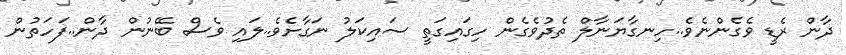
ދާން ރެޑީ ވެގެންނެވެ..ހިނގާޔަނާލް ތެދުވެގެން ހިގައިގަތީ ސައިކަލު ނަގާށެވެ..ލައި ވެސް ބޭނުން ދާން..ފަހަތުން